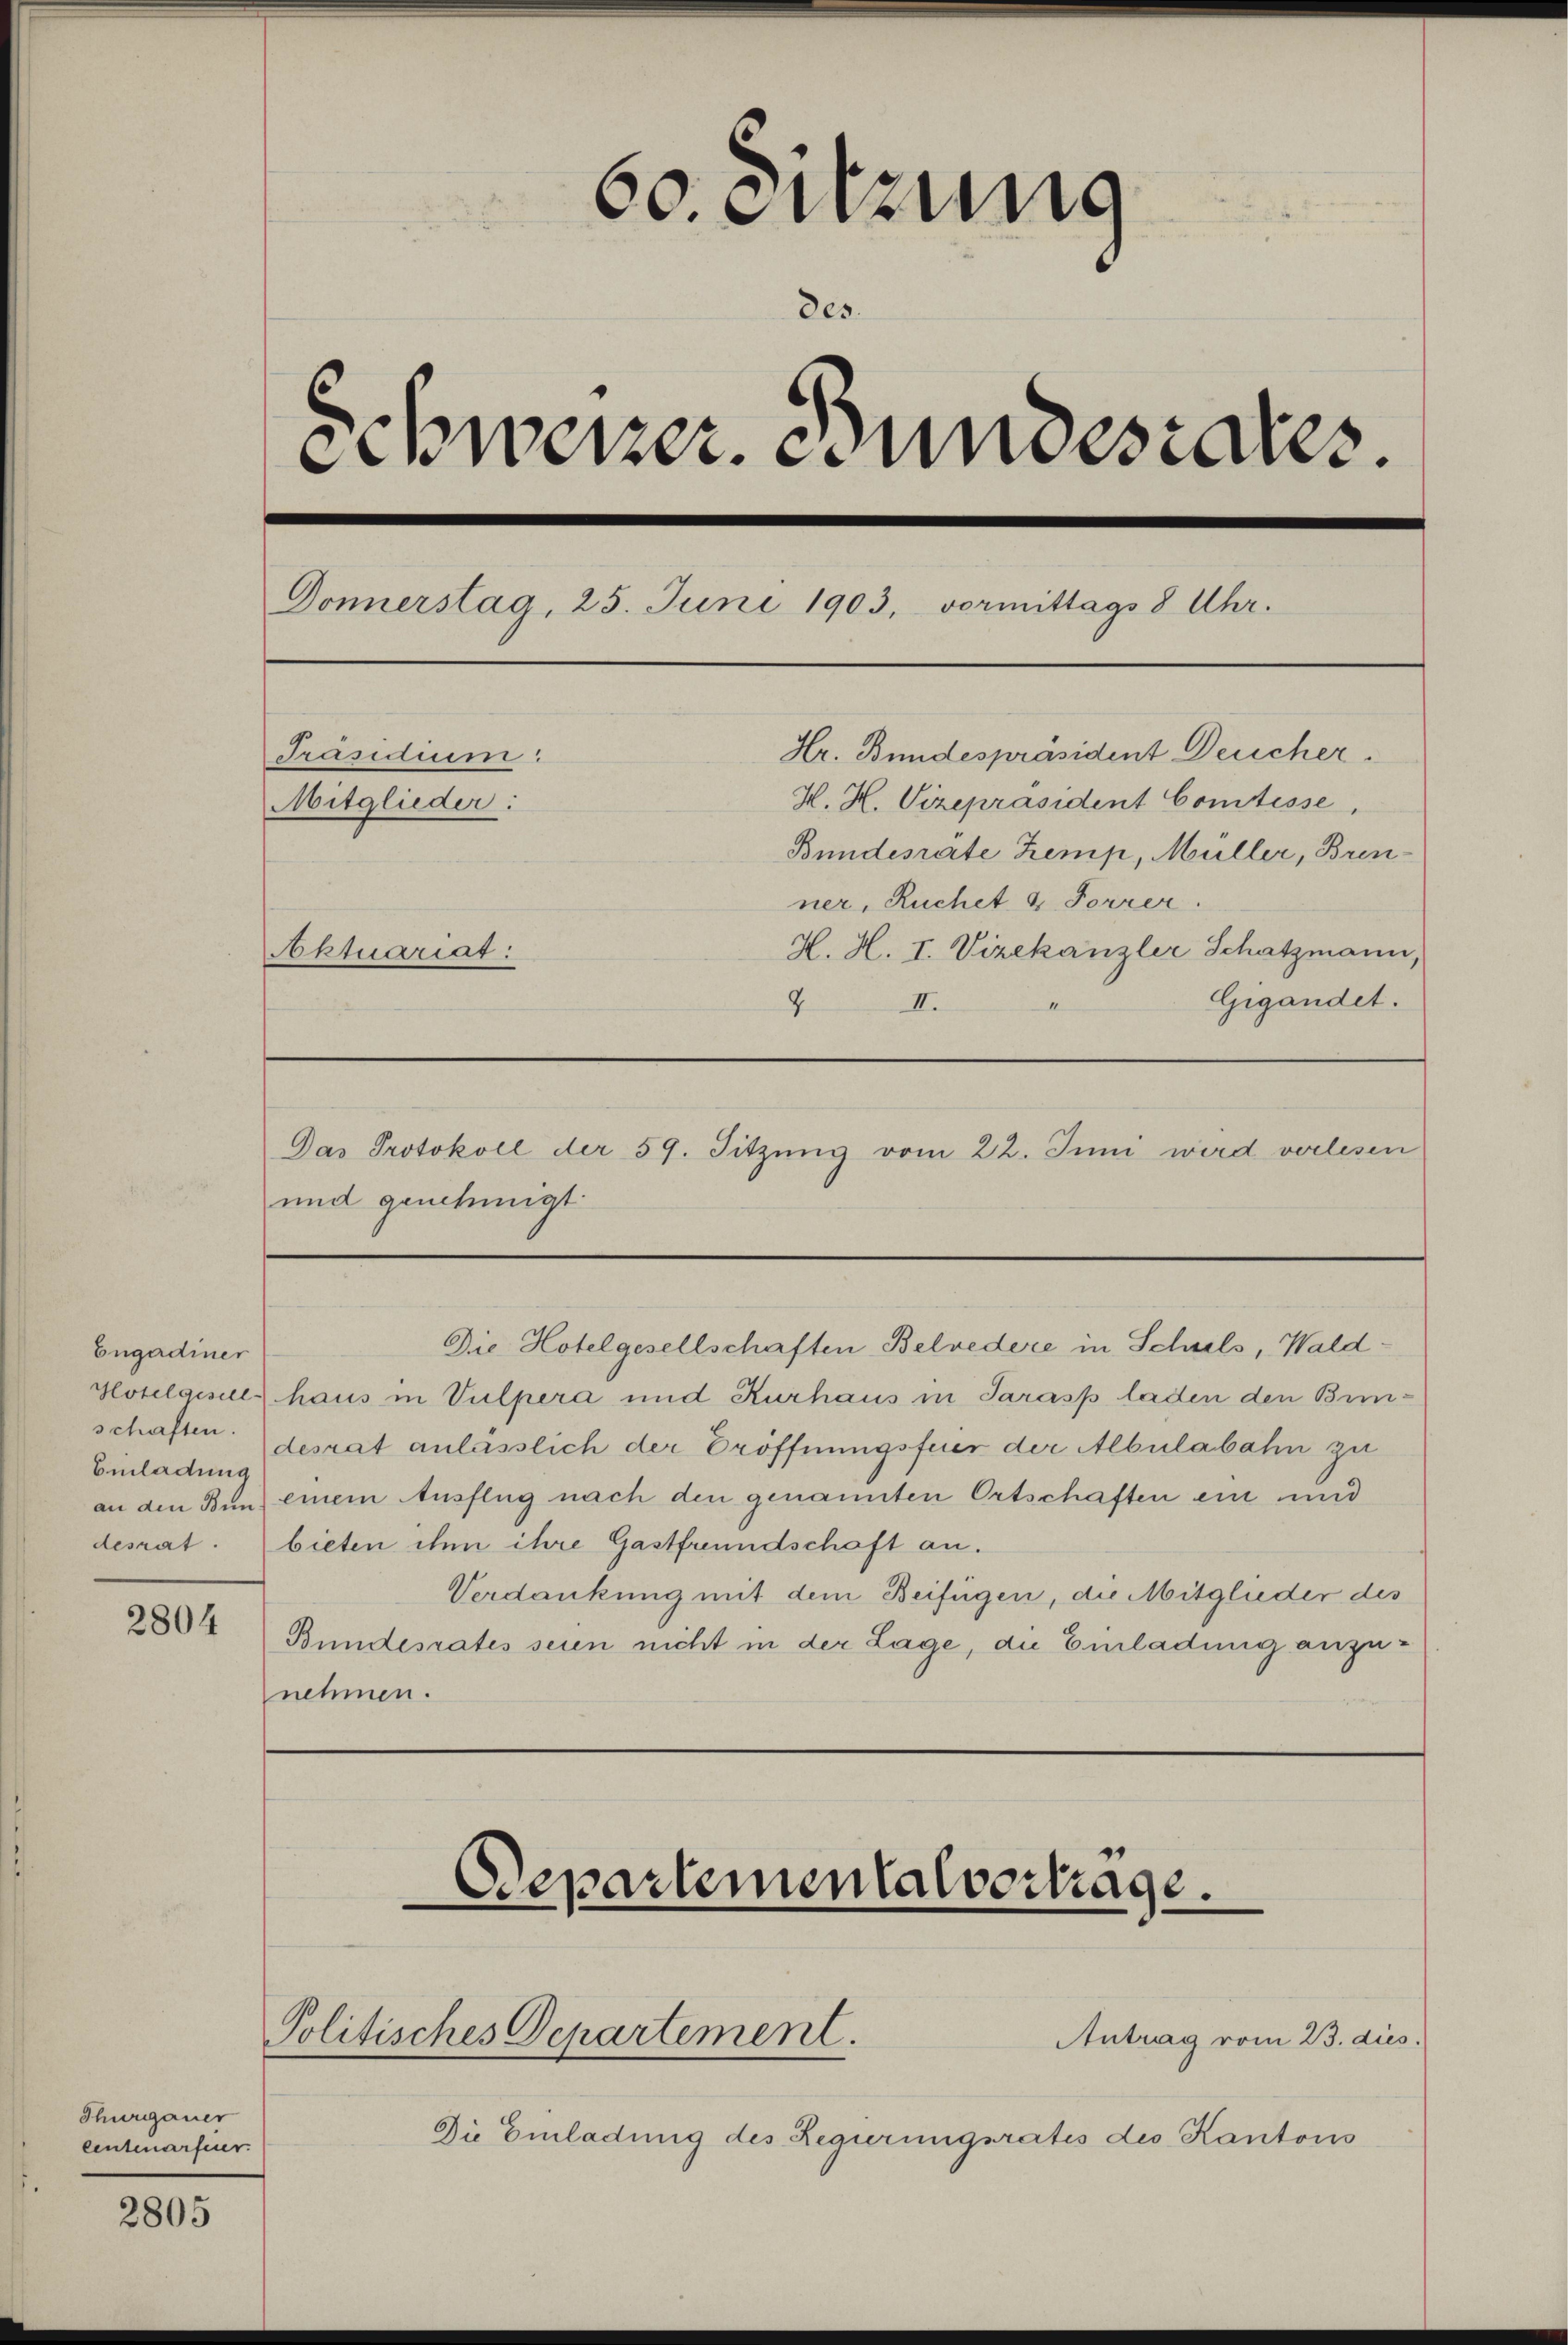
Engadiner
Einladung

2804

Thurgauer
eintenarfeier.

2805

60. Sitzung
des
Schweizer. Bundesrates.
Donnerstag, 25. Juni 1903, vormittags 8 Uhr.
Hr. Bundespräsident Deucher.
Präsidium:
H. H. Vizepräsident Comtesse,
Mitglieder:
Bundesräte Zemp, Müller, Brenner, Ruchet & Forrer.
H. H. I. Vizekanzler Schatzmann,
Aktuariat:
Gigandet.
I
II.
2

und genehmigt

Hotelgisel haus in Vulpera und Kurhaus in Jarasp laden den Binschaftendesrat anlässlich der Eröffnungsfuer der Albulabahn zu
an den Bund einem Ausflug nach den genannten Ortschaften ein und
desrat. bieten ihm ihre Gastfreundschaft an.
Verdankung mit dem Beifügen, die Mitglieder des
Bundesrates seien nicht in der Lage, die Einladung anzunehmen.

Departementalvertrage.

Politisches Departement.

Das Protokoll der 59. Sitzung vom 22. Juni wird vorlesen

Die Einladung des Regierungsrates des Kantons

Die Hotelgesellschaften Belvedere in Schnels, Wald¬

Antrag vom 23. dies